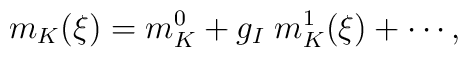
m_K(\xi) = m_K^0 + g_I\; m_K^1(\xi) + \cdots  ,